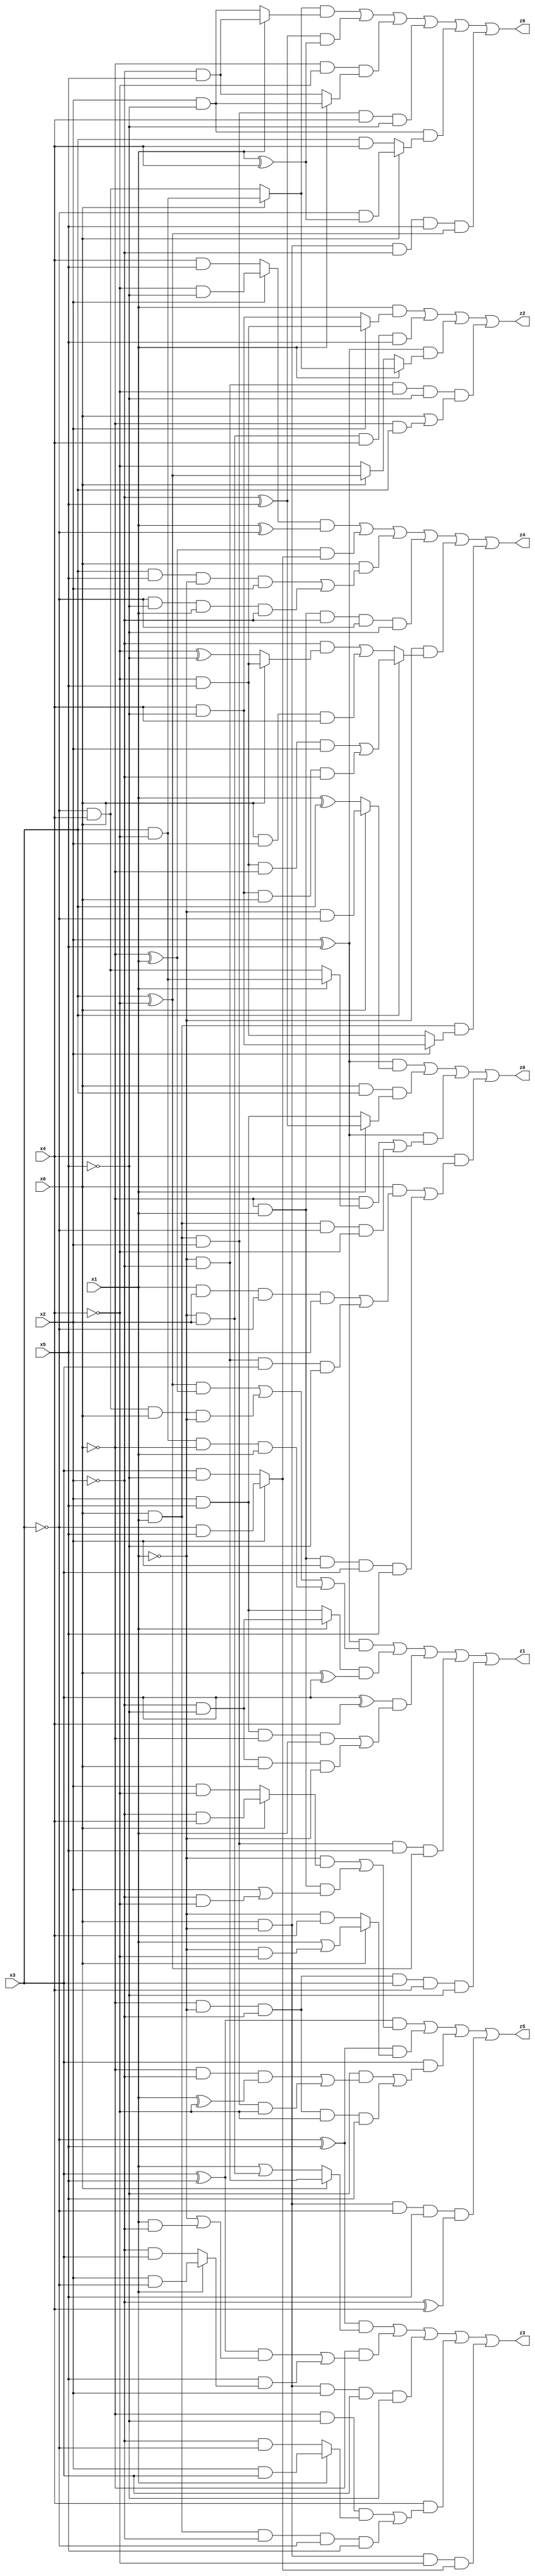
// Benchmark "X_38" written by ABC on Thu Jun 29 21:46:36 2023

module X_38 ( 
    x0, x1, x2, x3, x4, x5,
    z0, z1, z2, z3, z4, z5, z6  );
  input  x0, x1, x2, x3, x4, x5;
  output z0, z1, z2, z3, z4, z5, z6;
  assign z0 = ((x2 ^ x5) & (x0 ? (~x1 & ~x3) : (x1 ^ x3))) | (x0 & x3 & (x1 ? (~x2 ^ x5) : (x2 & x5))) | ((x2 ^ x5) & ((~x0 & (x1 ? (x3 & ~x4) : (~x3 & x4))) | (x0 & x1 & ~x3 & ~x4))) | (x4 & ((x0 & ((x1 & x2 & ~x3 & x5) | (~x1 & ~x2 & x3 & ~x5))) | (~x0 & x1 & x2 & x3 & x5)));
  assign z1 = ((x2 ^ x5) & (((x3 ^ ~x4) & (~x0 ^ x1)) | (~x3 & x4 & x0 & ~x1) | (x3 & ~x4 & ~x0 & x1))) | ((x1 ? (~x2 & ~x5) : (x2 & x5)) & (x0 ^ x3)) | ((x3 ^ x4) & ((x2 & x5 & ~x0 & x1) | (~x2 & ~x5 & x0 & ~x1))) | (x0 & x1 & x2 & x5 & (x3 ^ ~x4)) | (~x0 & ~x1 & ~x2 & x3 & x4 & ~x5);
  assign z2 = (x1 & (x2 ? (~x4 & x5) : (x4 & ~x5))) | (~x1 & x2 & x4 & x5) | ((x2 ^ x5) & (x1 ? (x0 ? (x3 & ~x4) : (~x3 & x4)) : (x0 ? (x3 ^ ~x4) : ~x4))) | (~x1 & ~x2 & ~x4 & ~x5 & (x0 | (~x0 & x3)));
  assign z3 = ((~x3 ^ x5) & (x0 ? (~x1 & ~x2) : (x1 | (~x1 & x2)))) | (~x0 & (((x3 ^ x5) & (~x1 | (x1 & ~x2))) | (x5 & (x1 ? (x2 & ~x3) : (~x2 & x3))))) | (x0 & ~x1 & x2 & x3 & ~x5) | (x4 & ((~x0 & ~x5 & (x1 ? (x2 & x3) : (~x2 & ~x3))) | (x0 & x1 & ~x2 & ~x3 & x5))) | (x0 & ~x1 & ~x4 & (x2 ? (~x3 & x5) : (x3 & ~x5)));
  assign z4 = ((x2 ? (~x4 & ~x5) : (x4 & x5)) & (x1 ^ ~x3)) | ((~x0 ^ x1) & (x2 ? (~x3 & x5) : (x3 & ~x5))) | (x0 & ((x3 & x5 & ~x1 & x2) | (~x3 & ~x5 & x1 & ~x2))) | (~x0 & x1 & ~x2 & ~x3 & ~x5) | (~x1 & (x3 ? ((~x4 & x5 & ~x0 & x2) | (x4 & ~x5 & x0 & ~x2)) : ((~x2 & (x0 ? (~x4 & x5) : (~x4 ^ ~x5))) | (x0 & x2 & x4)))) | (x0 & x1 & (x2 ? (x4 & ~x5) : (~x4 & x5)));
  assign z5 = ((x3 ^ x5) & ((~x1 & (x0 ? (~x2 & x4) : (x2 & ~x4))) | (~x0 & x1 & (x2 | (~x2 & ~x4))))) | ((~x3 ^ x5) & (x0 ? (x1 | (~x1 & ~x4)) : (~x1 & x4))) | (x3 & ((~x5 & ((~x0 & ~x2 & (x1 ^ ~x4)) | (x0 & x1 & x2 & ~x4))) | (~x0 & ~x1 & ~x2 & ~x4 & x5))) | (x0 & ~x1 & ~x3 & x5 & (~x2 ^ x4));
  assign z6 = ((x0 ? (x3 & ~x4) : (~x3 & x4)) & (x1 ? (~x2 & x5) : (x2 & ~x5))) | ((~x2 ^ x5) & (x1 ^ x4)) | (~x0 & ~x4 & (x1 ? (x2 & ~x5) : (~x2 & x5))) | (x0 & x1 & x2 & x4 & ~x5) | (x2 & ~x5 & (x0 ? (~x3 & (x1 ^ x4)) : (x3 & x4))) | (x0 & ~x1 & ~x2 & x5 & (x3 ^ ~x4));
endmodule